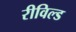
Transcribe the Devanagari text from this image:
रीविल्ड